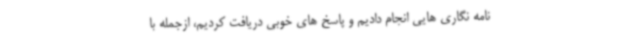
نامه نگاری هایی انجام دادیم و پاسخ های خوبی دریافت کردیم، ازجمله با